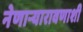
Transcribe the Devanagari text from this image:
नेणाऱ्यारावणाशी